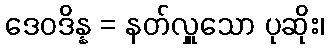
ဒေဝဒိန္န = နတ်လှူသော ပုဆိုး၊